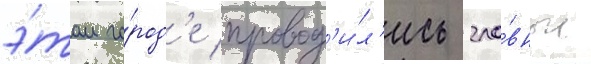
э́том го́род'е провод'и́л'ись гла́вные